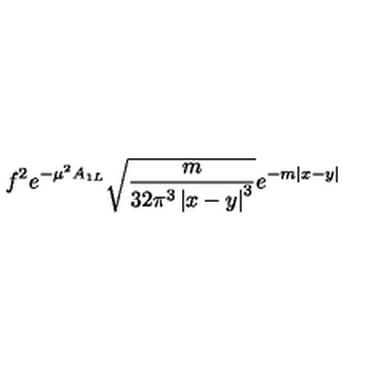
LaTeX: f ^ { 2 } e ^ { - \mu ^ { 2 } A _ { 1 L } } \sqrt { \frac { m } { 3 2 \pi ^ { 3 } \left| x - y \right| ^ { 3 } } } e ^ { - m \left| x - y \right| }